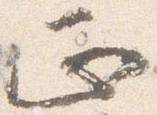
正